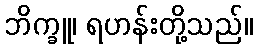
ဘိက္ခူ၊ ရဟန်းတို့သည်။